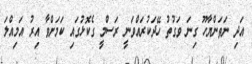
އަދި ނަތަންޔާހޫ ގިނަ ވަގުތު ހޭދަކުރައްވަނީ ރަސްމީ ގެކޮޅުގައި ކަމަށްވާ އިރު އަމިއްލަ